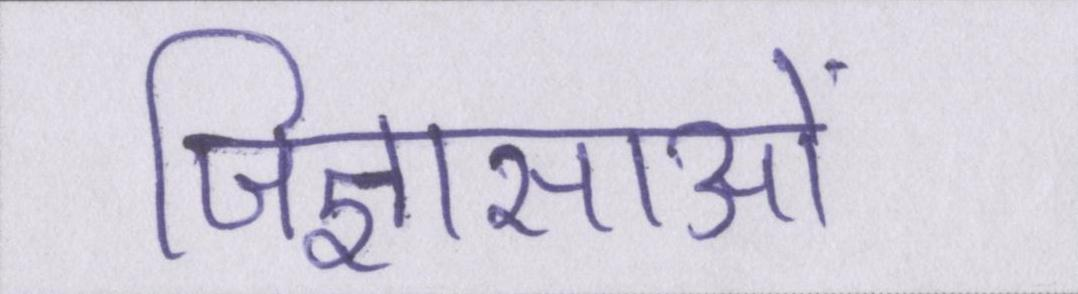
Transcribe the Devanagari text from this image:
जिज्ञासाओं